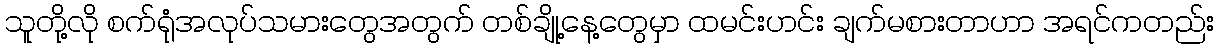
သူတို့လို စက်ရုံအလုပ်သမားတွေအတွက် တစ်ချို့နေ့တွေမှာ ထမင်းဟင်း ချက်မစားတာဟာ အရင်ကတည်း